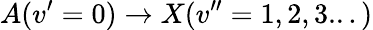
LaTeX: A(v^{\prime}=0)\rightarrow X(v^{\prime\prime}=1,2,3...)